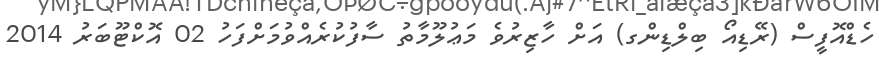
ހެޑްއޮފީސް (ރޭޑިއޯ ބިލްޑިންގ) އަށް ހާޒިރުވެ މަޢުލޫމާތު ސާފުކުރެއްވުމަށްފަހު 02 އޮކްޓޫބަރު 2014